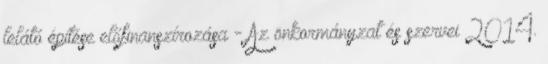
lelátó építése előfinanszírozása - Az önkormányzat és szervei 2014.